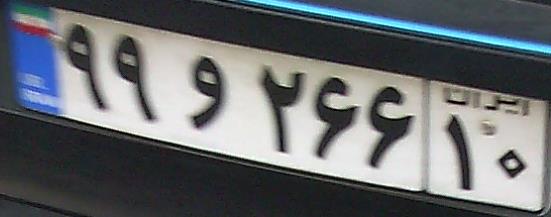
۹۹و۲۶۶۱۰